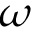
\omega